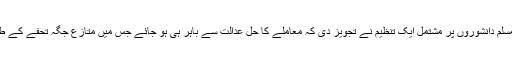
گذشتہ ہفتے ’امن کے لیے بھارتی مسلمان‘ کے نام سے سابق سرکاری افسروں اور مسلم دانشوروں پر مشتمل ایک تنظیم نے تجویز دی کہ معاملے کا حل عدالت سے باہر ہی ہو جائے جس میں متازع جگہ تحفے کے طور پر مقدمہ لڑنے والے ہندووں کو دے دی جائے تاکہ وہ اس پر اپنا مندر بنا سکیں۔